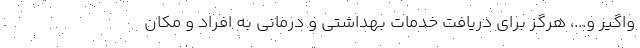
واگیر و...، هرگز برای دریافت خدمات بهداشتی و درمانی به افراد و مکان